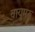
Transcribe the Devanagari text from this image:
वायुमरु